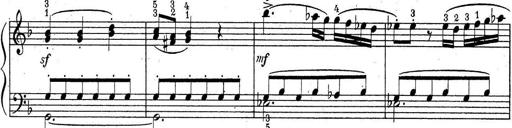
Title: ÄŒeskÃ© Sonatiny
Composer: Various